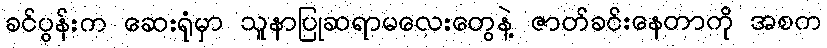
ခင်ပွန်းက ဆေးရုံမှာ သူနာပြုဆရာမလေးတွေနဲ့ ဇာတ်ခင်းနေတာကို အစက